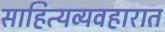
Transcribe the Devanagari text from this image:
साहित्यव्यवहारात